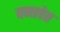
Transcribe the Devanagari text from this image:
बनावेत